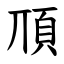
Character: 䪲